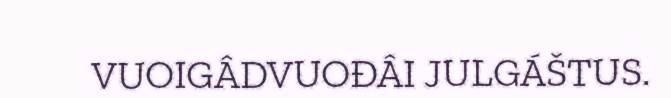
VUOIGÂDVUOĐÂI JULGÁŠTUS.